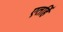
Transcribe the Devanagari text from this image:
एतर्हि